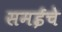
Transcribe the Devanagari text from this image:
समईचे